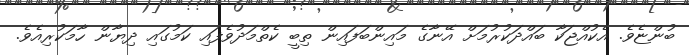
ބުންޏެވެ. އެކުއްޖަކާ ބައްދަކުރުމަށް އޭނާގެ މައިންބަފައިން ތިބީ ކެތްމަދުވެފައި ކަމުގައި ދިޔާން ހާމަކުރިއެވެ.